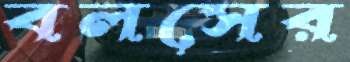
বলসের